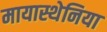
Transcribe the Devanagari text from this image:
मायास्थेनिया